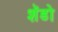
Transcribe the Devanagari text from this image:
शॅडो